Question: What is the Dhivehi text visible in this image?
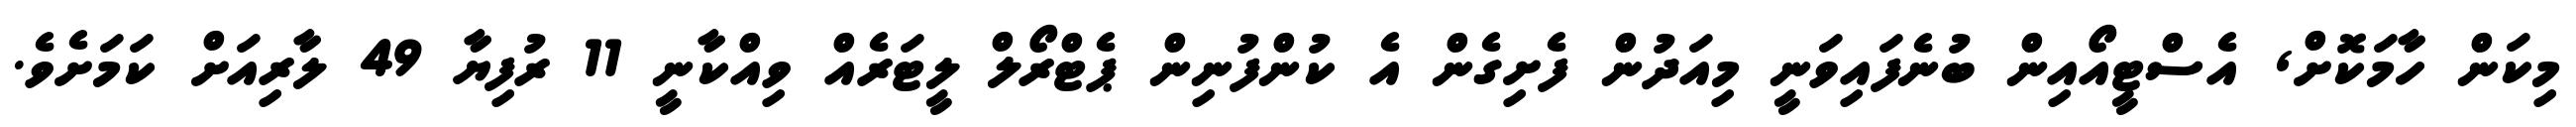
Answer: މިކަން ހާމަކޮށް, އެސްޓީއޯއިން ބުނެފައިވަނީ މިއަދުން ފެށިގެން އެ ކުންފުނިން ޕެޓްރޯލް ލީޓަރެއް ވިއްކާނީ 11 ރުފިޔާ 49 ލާރިއަށް ކަމަށެވެ.